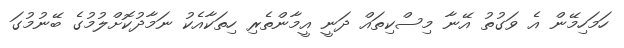
ހަމަހިމޭން އެ ވަގުތު އޭނާ މިސްކިތައް ދަނީ އީމާންތެރި ހިތަކާއެކު ނަމާދުކޮށްލުމުގެ ބޭނުމުގަ